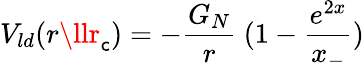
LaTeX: V_{ld}(r\llr_{\mathsf{c}})=-\frac{{G_{N}}}{{r}}~(1-\frac{{e^{2x}}}{{x_{-}}})